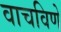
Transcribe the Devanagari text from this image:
वाचविणे